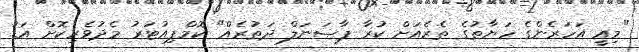
"މިއީ އަހަރެންގެ ހަޔާތުގެ ތެރެއަށް ކުރާ ޕާސަނަލް ދަތުރެއް" ކޮމްޕިއުޓަރު މެދުވެރިކޮށް އަޑު